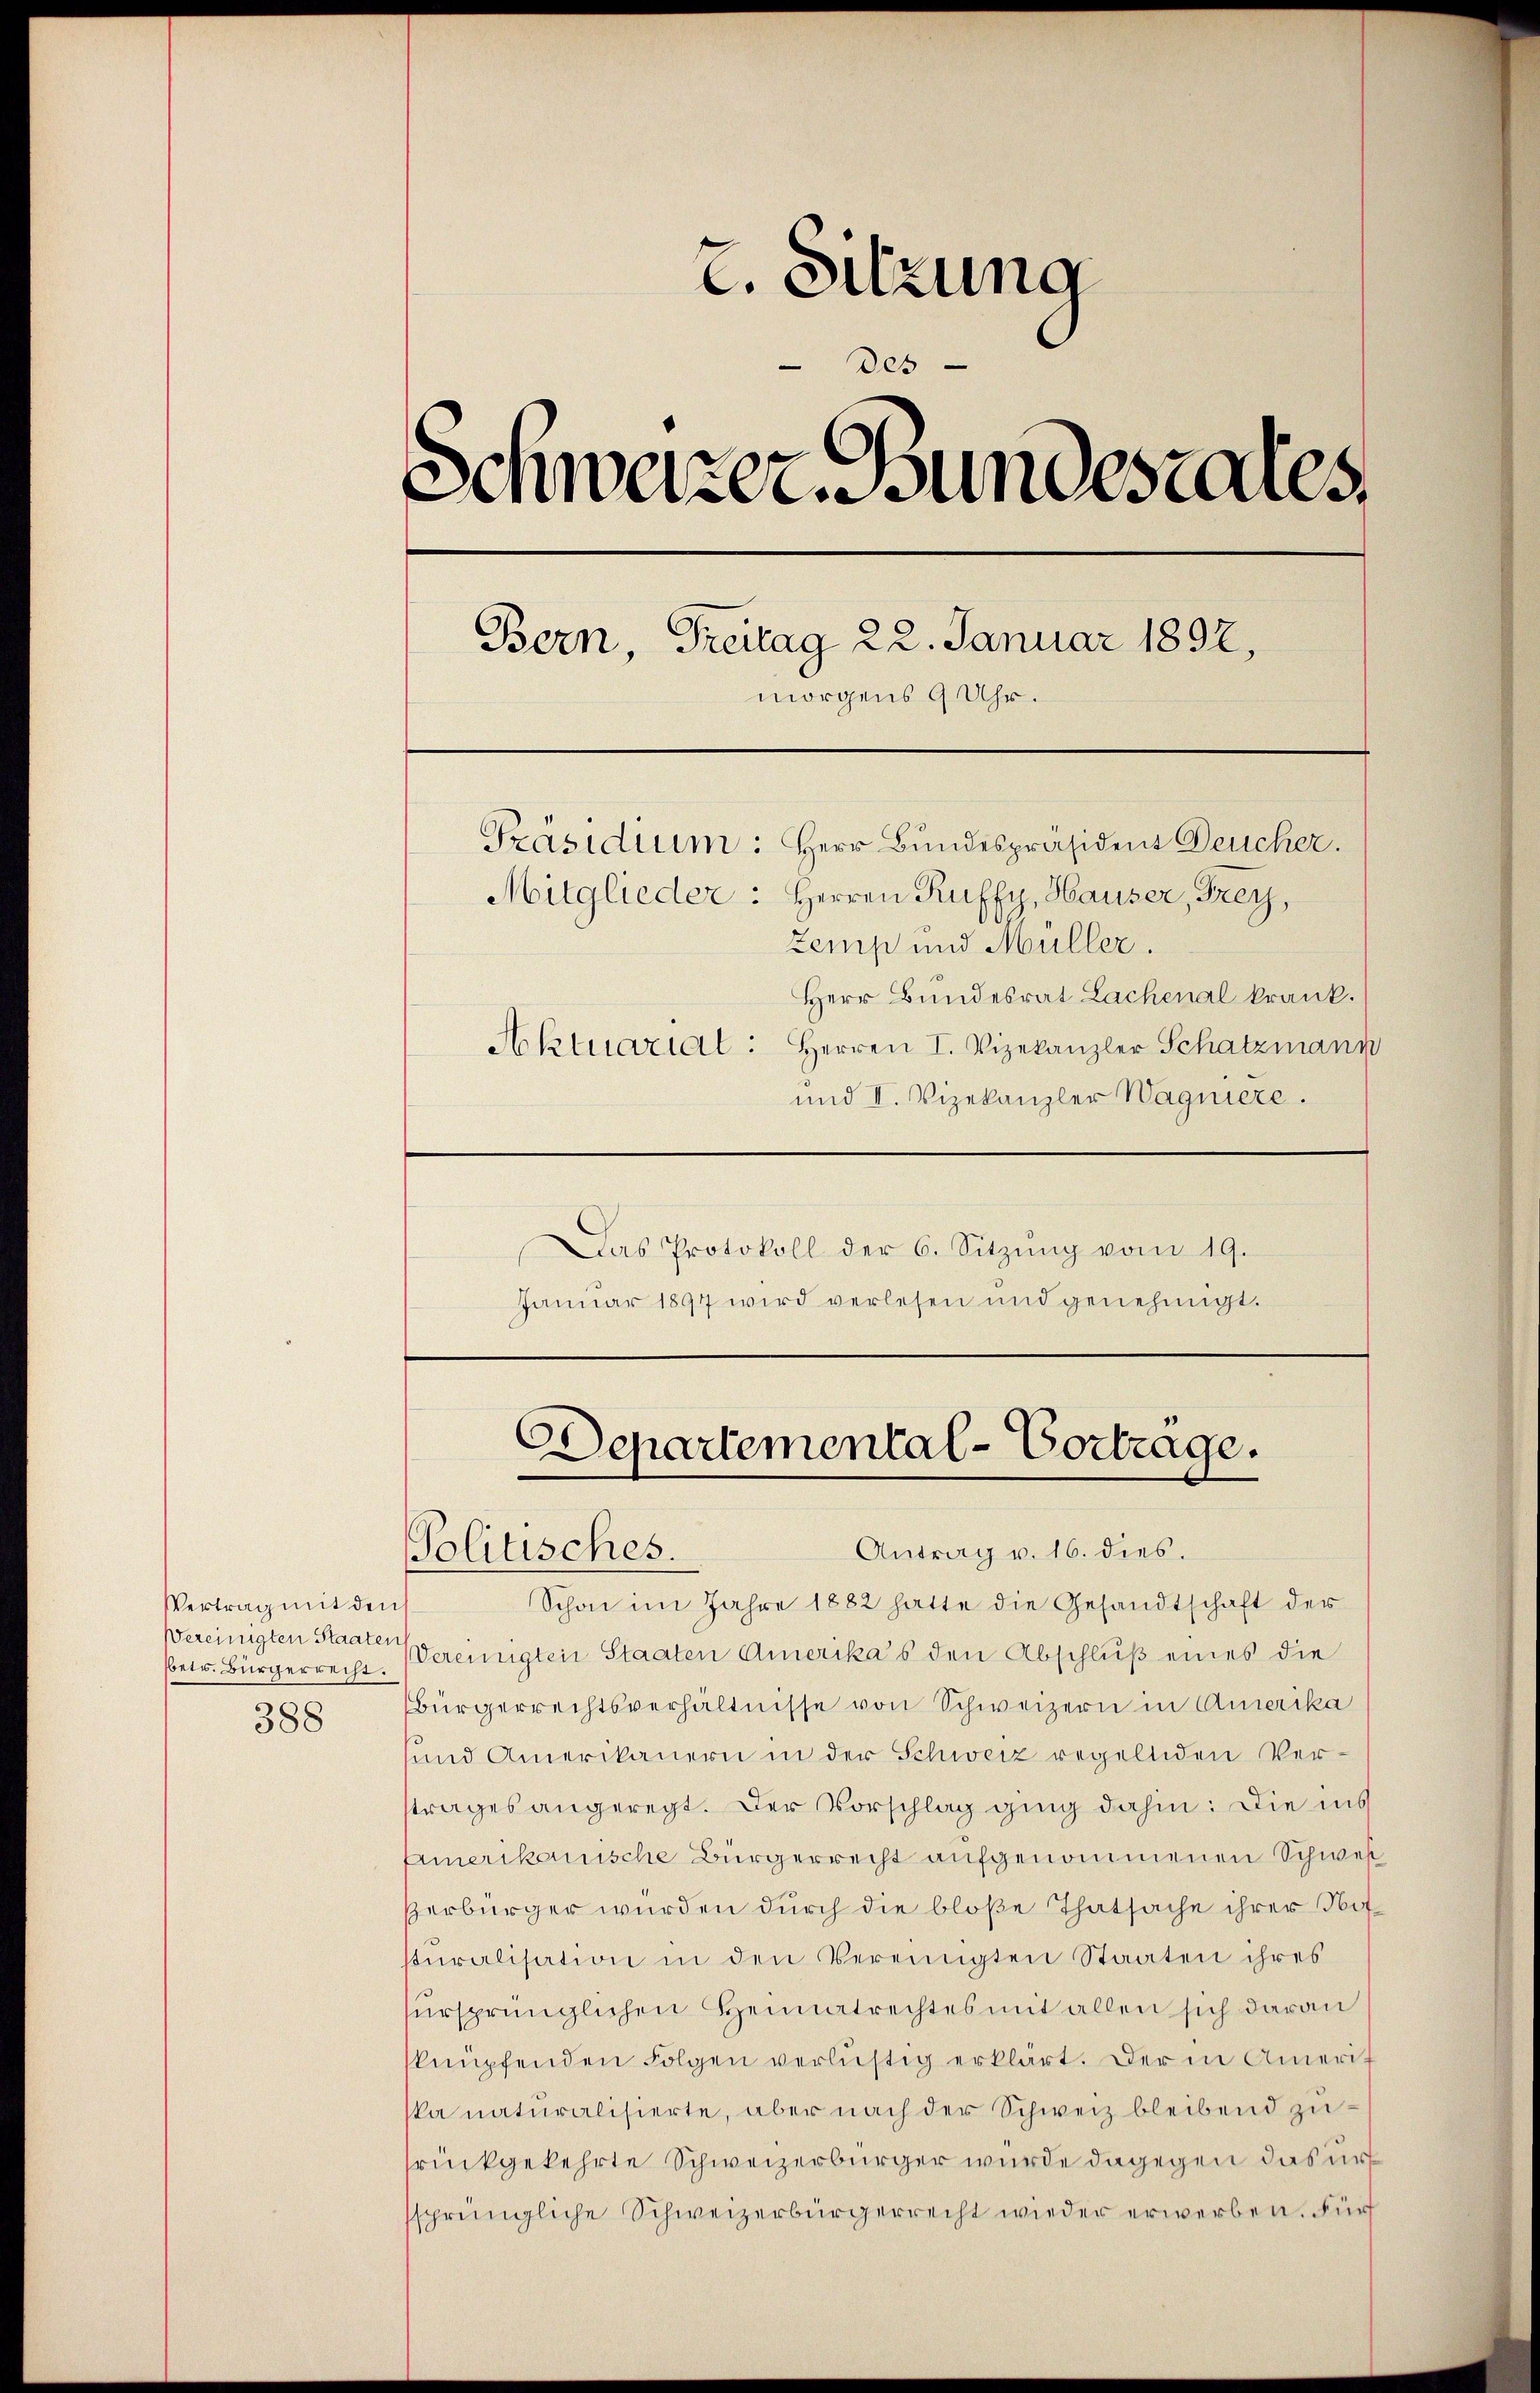
Vertrag mit den
Vereinigten Staaten
388

z. Sitzung
Des
Schweizer. Bundestales,
Bern, Freitag 22. Januar 1892,
morgens 9 Uhr.
Präsidium: Herr Bundespräsident Deucher.
Mitglieder: Herren Ruffy, Hauser, Frey,
Zemp und Müller.
Herr Bundesrat Lachenal krank.
Aktuariat: Herren I. Vizekanzler Schatzmann

und II. Vizekanzler Wagniere.
Das Protokoll der 6. Sitzŭng vom 19.
Januar 1897 wird verlesen und genehmigt.

Departemental-Vortrage.
Antrag v. 16. dies.
Politisches.

Schon im Jahre 1882 hatte die Gesandtschaft der
betr. Bürgerreiht. Vereinigten Staaten Amerika’s den Abschluß eines die
bürgerrechtsverhältnisse von Schweizern in Amerika
und Amerikanern in der Schweiz regelnden Vertrages angeregt. Der Vorschlag ging dahin: Die ins
Emerikanische Bürgerrecht aufgenommenen Schwer
Perbürger würden durch die bloße Thatsache ihrer Not-
stŭralisation in den Vereinigten Staaten ihres
ürsprünglichen Heimatrechtes mit allen sich daran
sknüpfenden Folgen verlustig erklärt. Der in Amerit
ska naturalisierte, aber nach der Schweiz bleibend zusrückgekehrte Schweizerbürger wurde dagegen das urs
ssprüngliche Schweizerbürgerrecht wieder erwerben. Für